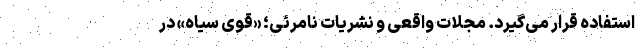
استفاده قرار می‌گیرد. مجلات واقعی و نشریات نامرئی؛ «قُوی سیاه» در